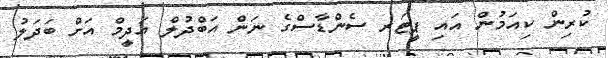
ކުރިން ކިއަމުން އައި ޕީޓަރ ސެންޑާސްގެ ނަން އަބްދުލް އަދީމް އަށް ބަދަލު